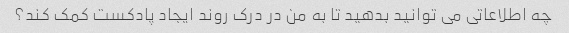
چه اطلاعاتی می توانید بدهید تا به من در درک روند ایجاد پادکست کمک کند؟